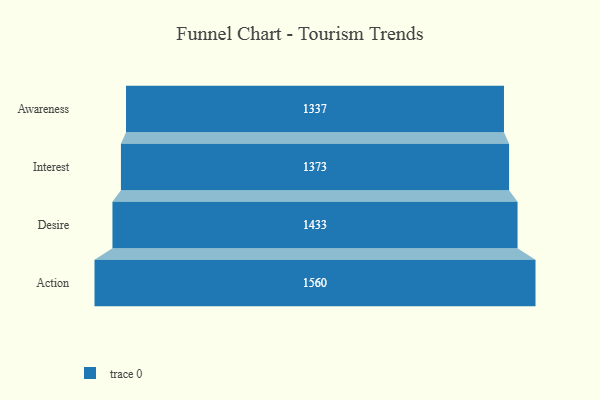
{"axis": {"x": "Stage", "y": "Value"}, "legend": [""], "data": [{"x": "Awareness", "y": 1337.0, "type": ""}, {"x": "Interest", "y": 1373.0, "type": ""}, {"x": "Desire", "y": 1433.0, "type": ""}, {"x": "Action", "y": 1560.0, "type": ""}]}